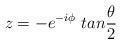
LaTeX: \begin{align*}z= -e^{-i\phi}~tan\frac{\theta}{2} \end{align*}